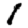
Digit: 1